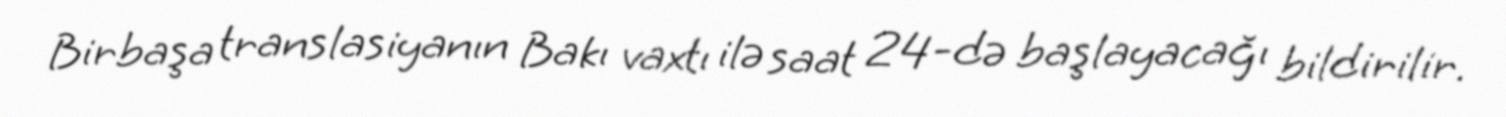
Birbaşa translasiyanın Bakı vaxtı ilə saat 24-də başlayacağı bildirilir.